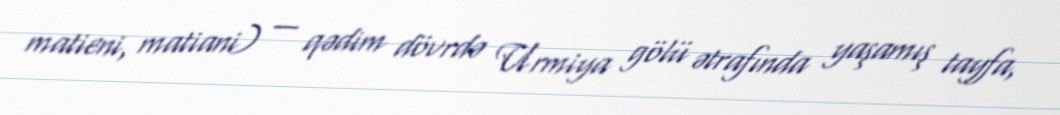
matieni, matiani) — qədim dövrdə Urmiya gölü ətrafında yaşamış tayfa,